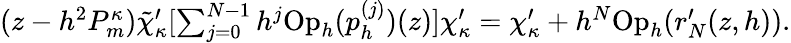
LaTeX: \begin{array}{r}{(z-h^{2}P_{m}^{\kappa})\tilde{\chi}_{\kappa}^{\prime}[\sum_{j=0}^{N-1}h^{j}\mathrm{Op}_{h}(p_{h}^{(j)})(z)]\chi_{\kappa}^{\prime}=\chi_{\kappa}^{\prime}+h^{N}\mathrm{Op}_{h}(r_{N}^{\prime}(z,h)).}\end{array}